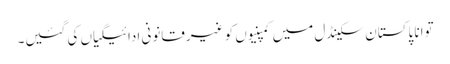
توانا پاکستان سکینڈل میں کمپنیوں کو غیرقانونی ادائیگیاں کی گئیں۔